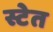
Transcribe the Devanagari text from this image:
स्टेत